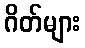
ဂိတ်များ